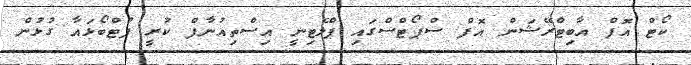
ކޯޓް އޮފް އާބިޓްރޭޝަން އޮފް ސްޕޯޓްސްގައި ޕްލެޓިނީ އިސްތިއުނާފް ކުރީ ފުޓްބޯޅައާ ގުޅުން